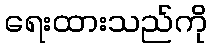
ရေးထားသည်ကို